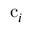
\mathrm { c } _ { i }